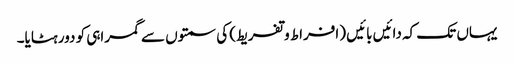
یہاں تک کہ دائیں بائیں (افراط وتفریط) کی سمتوں سے گمراہی کو دور ہٹایا۔